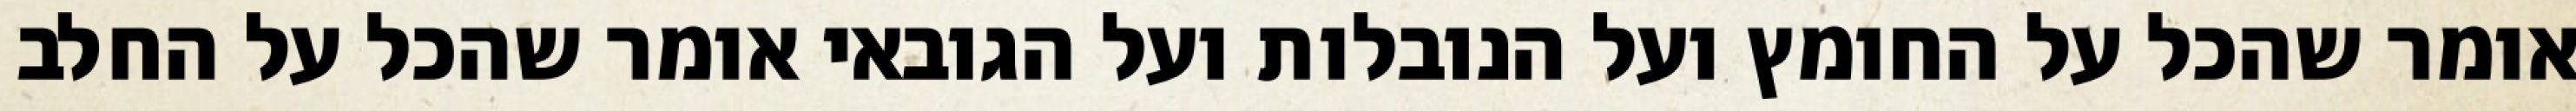
אומר שהכל על החומץ ועל הנובלות ועל הגובאי אומר שהכל על החלב